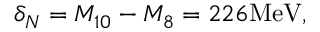
\delta _ { N } = M _ { 1 0 } - M _ { 8 } = 2 2 6 \mathrm { M e V } ,